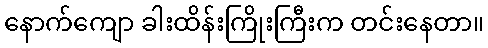
နောက်ကျော ခါးထိန်းကြိုးကြီးက တင်းနေတာ။